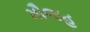
મૌજહ